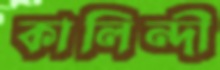
কালিন্দী